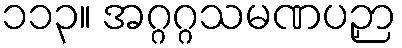
၁၁၃။ အဂ္ဂဂ္ဂသမဏပဉှာ